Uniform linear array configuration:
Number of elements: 32
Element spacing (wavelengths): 0.25
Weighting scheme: uniform
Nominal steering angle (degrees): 15
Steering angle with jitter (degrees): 14.533
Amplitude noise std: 0.05
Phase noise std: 0.05

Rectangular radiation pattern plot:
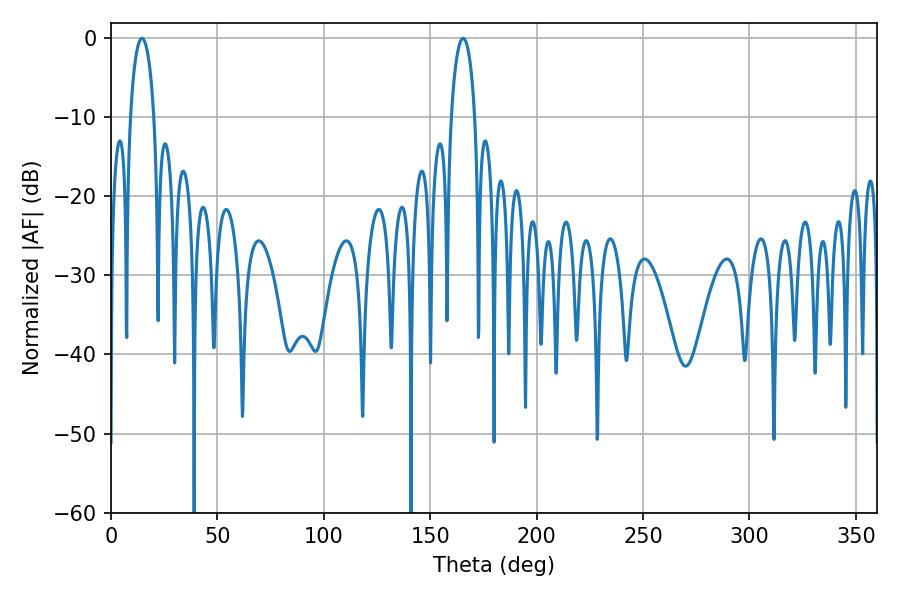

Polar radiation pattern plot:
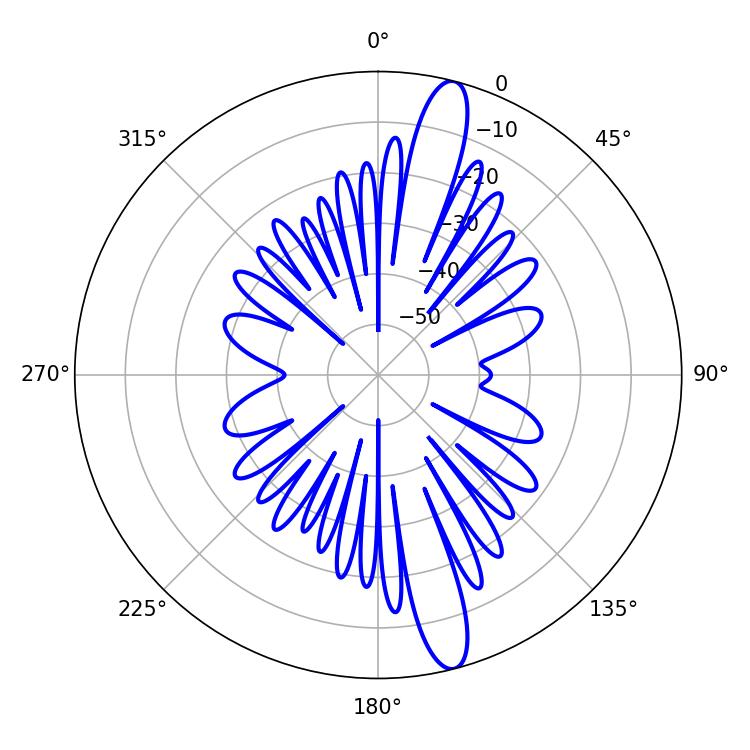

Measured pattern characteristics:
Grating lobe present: FALSE
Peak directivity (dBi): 14.955
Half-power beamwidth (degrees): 6.48
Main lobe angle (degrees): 14.58